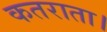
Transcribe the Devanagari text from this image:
कतराता।